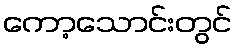
ကော့သောင်းတွင်